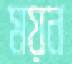
ময়ন